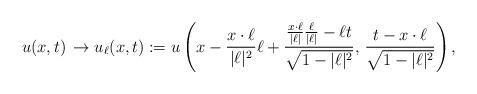
LaTeX: \begin{align*}u(x,t)\,\to u_{\ell}(x,t):=u\left(x-\frac{x\cdot \ell}{|\ell |^2}\ell +\frac{\frac{x\cdot\ell}{|\ell |}\frac{\ell}{|\ell |}-\ell t}{\sqrt{1-|\ell |^2}},\,\frac{t-x\cdot\ell}{\sqrt{1-|\ell|^2}}\right),\end{align*}